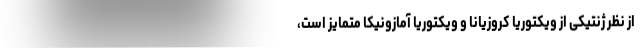
از نظر ژنتیکی از ویکتوریا کروزیانا و ویکتوریا آمازونیکا متمایز است،